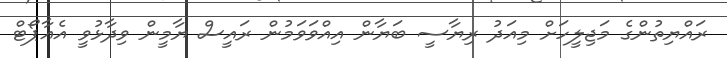
ރައްޔިތުންގެ މަޖިލީހަށް މިއަދު ރިޔާސީ ބަޔާން އިއްވަވަމުން ރައީސް ޔާމީން ވިދާޅުވީ އެއާޕޯޓް